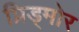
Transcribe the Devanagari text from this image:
प्रिड्मोर